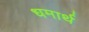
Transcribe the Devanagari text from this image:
धमार्थ